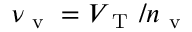
\nu _ { \mathrm { ~ v ~ } } = V _ { \mathrm { ~ T ~ } } / n _ { \mathrm { ~ v ~ } }